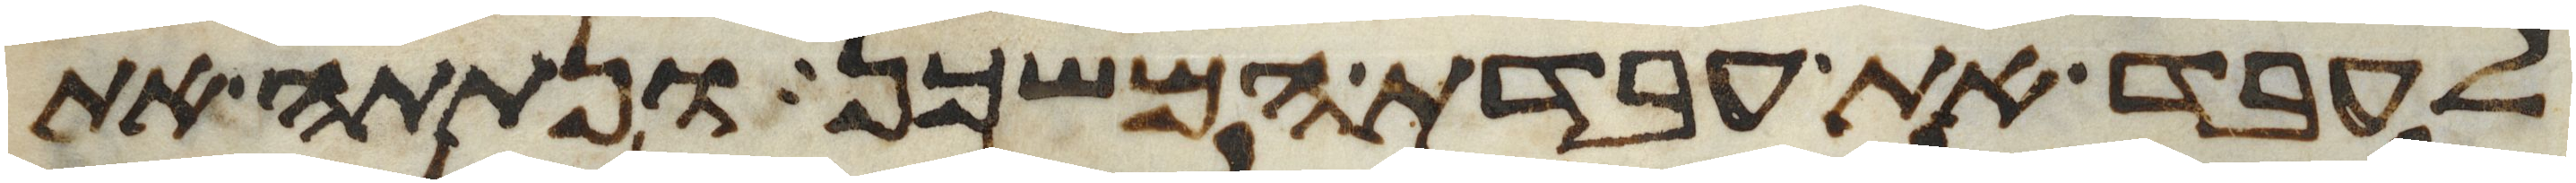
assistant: לעבד את עבדת המשכן ונתתה את